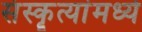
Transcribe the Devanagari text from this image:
संस्कॄत्यांमध्ये